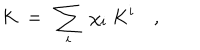
LaTeX: K \ = \ \sum _ { i } \ \chi _ { i } \ K ^ { i } \quad ,